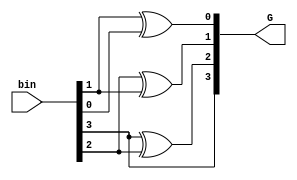
module bin2gray
        (input [3:0] bin, 
         output [3:0] G 
        );


assign G[3] = bin[3];
assign G[2] = bin[3] ^ bin[2];
assign G[1] = bin[2] ^ bin[1];
assign G[0] = bin[1] ^ bin[0];
endmodule